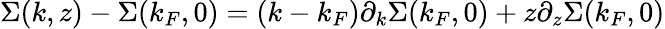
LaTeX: \Sigma(k,z)-\Sigma(k_{F},0)=(k-k_{F})\partial_{k}\Sigma(k_{F},0)+z\partial_{z}\Sigma(k_{F},0)